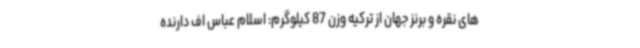
های نقره و برنز جهان از ترکیه وزن 87 کیلوگرم: اسلام عباس اف دارنده